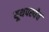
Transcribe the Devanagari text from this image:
यूथपस्येव